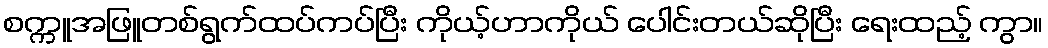
စက္ကူအဖြူတစ်ရွက်ထပ်ကပ်ပြီး ကိုယ့်ဟာကိုယ် ပေါင်းတယ်ဆိုပြီး ရေးထည့် ကွာ။